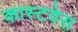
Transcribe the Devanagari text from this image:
कास्टवेस